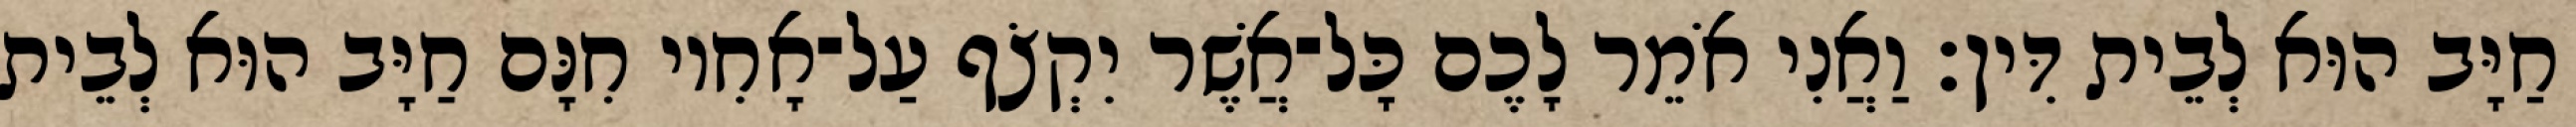
חַיָּב הוּא לְבֵית דִּין׃ וַאֲנִי אֹמֵר לָכֶם כָּל־אֲשֶׁר יִקְצֹף עַל־אָחִיו חִנָּם חַיָּב הוּא לְבֵית